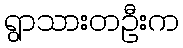
ရွာသားတဦးက